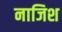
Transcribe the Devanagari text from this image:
नाजिश